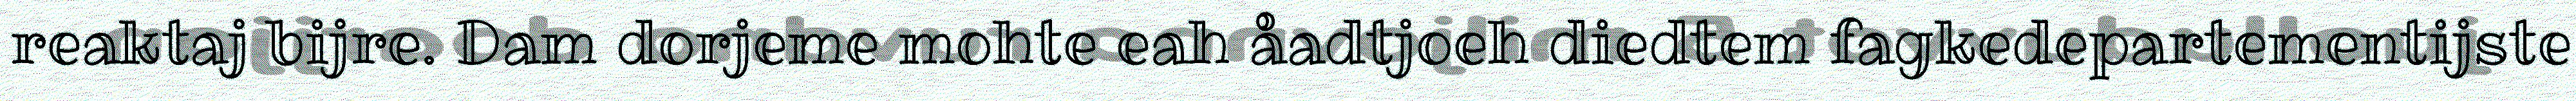
reaktaj bijre. Dam dorjeme mohte eah åadtjoeh diedtem fagkedepartementijste